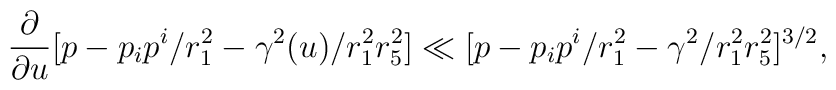
{\partial \over {\partial u}} [ p - p_ip^i/r_1^2 -\gamma^2(u)/r_1^2r_5^2 ] \ll [p - p_ip^i/r_1^2 - \gamma^2/r_1^2r_5^2]^{3/2},